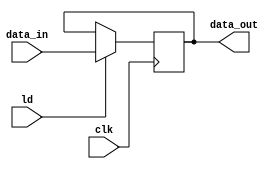
`timescale 1ns / 1ps
//////////////////////////////////////////////////////////////////////////////////
// Company: 
// Engineer: 
// 
// Design Name: 
// Module Name: shiftReg
// Project Name: 
// Target Devices: 
// Tool Versions: 
// Description: 
// 
// Dependencies: 
// 
// Revision:
// Revision 0.01 - File Created
// Additional Comments:
// 
//////////////////////////////////////////////////////////////////////////////////

module PIPOReg (data_in,data_out,clk,ld);
	input [15:0] data_in;
	input clk,ld;
	output reg [15:0] data_out;

	always @(negedge clk)
	begin
		if(ld) data_out <= data_in;
	end
endmodule